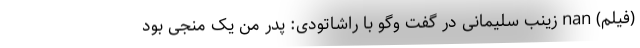
(فیلم) nan زینب سلیمانی در گفت وگو با راشاتودی: پدر من یک منجی بود